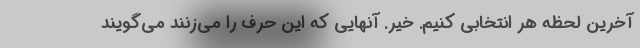
آخرین لحظه هر انتخابی کنیم. خیر. آنهایی که این حرف را می‌زنند می‌گویند